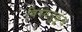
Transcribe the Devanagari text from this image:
विषयनुकूल